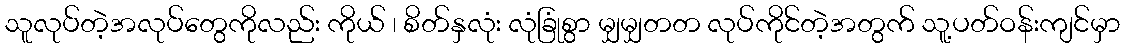
သူလုပ်တဲ့အလုပ်တွေကိုလည်း ကိုယ် ၊ စိတ်နှလုံး လုံခြုံစွာ မျှမျှတတ လုပ်ကိုင်တဲ့အတွက် သူ့ပတ်ဝန်းကျင်မှာ